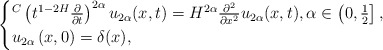
\begin{align*}\begin{cases}{}^C\left(t^{1-2H}\frac{\partial}{\partial t}\right)^{2\alpha} u_{2\alpha}(x,t)= H^{2\alpha}\frac{\partial^2}{\partial x^2}u_{2\alpha}(x,t),\alpha \in \left(0,\frac{1}{2}\right],\\u_{2\alpha}\left(x,0\right)=\delta(x),\end{cases}\end{align*}